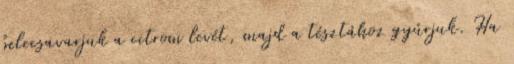
belecsavarjuk a citrom levét, majd a tésztához gyúrjuk. Ha